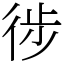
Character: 徏